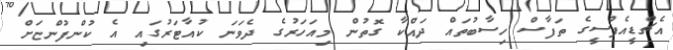
އެޗްޑީއެފްސީގެ ތަފާސް ހިސާބުތައް ދައްކާ ގޮތުން މިއަހަރުގެ ދެވަނަ ކުއާޓަރުގައި އެ ކުންފުންޏަށް